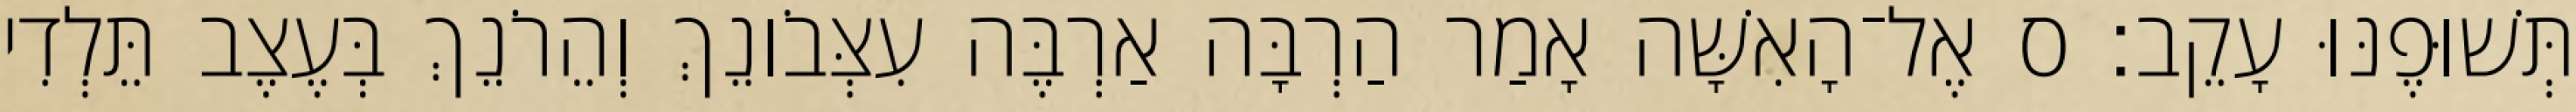
תְּשׁוּפֶנּוּ עָקֵב׃ ס אֶל־הָאִשָּׁה אָמַר הַרְבָּה אַרְבֶּה עִצְּבֹונֵךְ וְהֵרֹנֵךְ בְּעֶצֶב תֵּלְדִי